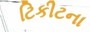
ટિકીટના